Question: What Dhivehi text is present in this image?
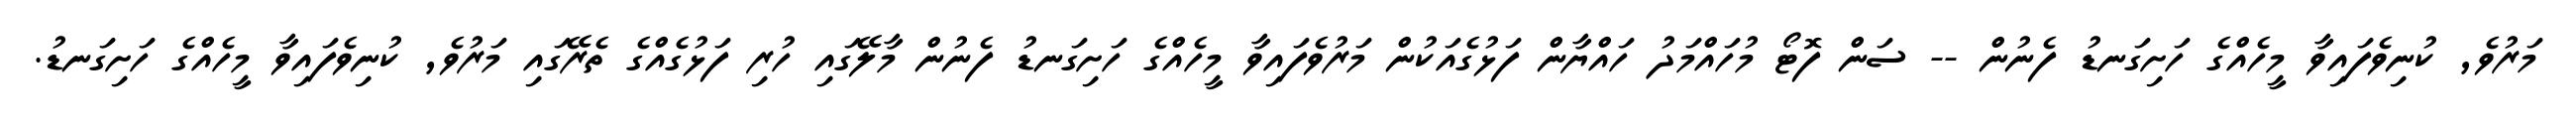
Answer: މަރުވެ, ކުނިވެފައިވާ މީހެއްގެ ހަށިގަނޑު ފެނުން -- ސަން ފޮޓޯ މުހައްމަދު ހައްޔާން ފަޅުގެއަކުން މަރުވެފައިވާ މީހެއްގެ ހަށިގަނޑު ފެނުން މާލޭގައި ހުރި ފަޅުގެއްގެ ތެރޭގައި މަރުވެ, ކުނިވެފައިވާ މީހެއްގެ ހަށިގަނޑު.